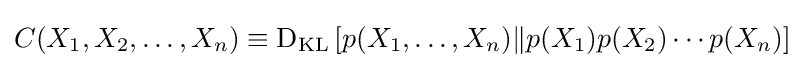
C(X_{1},X_{2},\ldots ,X_{n})\equiv \operatorname {D_{KL}} \left[p(X_{1},\ldots ,X_{n})\|p(X_{1})p(X_{2})\cdots p(X_{n})\right]\;